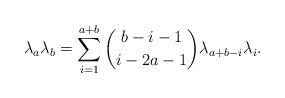
LaTeX: \begin{align*}\lambda_a\lambda_{b} = \sum_{i=1}^{a+b}\binom{b-i-1}{i-2a-1}\lambda_{a+b-i}\lambda_i. \end{align*}